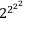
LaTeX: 2 ^ { 2 ^ { 2 ^ { 2 } } }